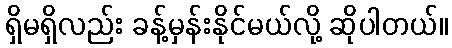
ရှိမရှိလည်း ခန့်မှန်းနိုင်မယ်လို့ ဆိုပါတယ်။